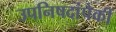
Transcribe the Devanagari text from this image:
उपनिषदांपैकीं